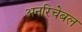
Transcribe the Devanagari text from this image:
अनरिचेबल